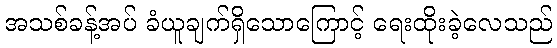
အသစ်ခန့်အပ် ခံယူချက်ရှိသောကြောင့် ရေးထိုးခဲ့လေသည်